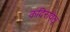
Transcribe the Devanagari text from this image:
कदिरावेलू